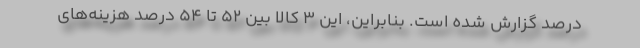
درصد گزارش شده است. بنابراين، اين 3 كالا بين 52 تا 54 درصد هزينه‌هاي